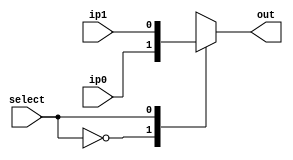
module mux_1_bit_2_input(ip0, ip1, select, out);

	output reg  out;
	
	input ip0, ip1;
	input  select;
	
	always@(*) begin
		case(select)
			0: out = ip0;
			1: out = ip1;
			default: out = ip0;
		endcase
	end
	
endmodule